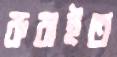
রুবাইত